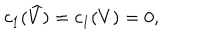
c _ { 1 } ( \widehat { V } ) = c _ { 1 } ( V ) = 0 ,